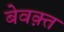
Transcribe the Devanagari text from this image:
बेवक़्त